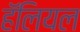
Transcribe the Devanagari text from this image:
हॅलियल